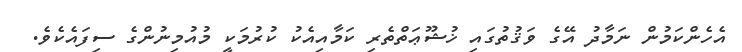
އެހެންކަމުން ނަމާދު އޭގެ ވަޤުތުގައި ޚުޝޫޢަތްތެރި ކަމާއިއެކު ކުރުމަކީ މުއުމިނުންގެ ސިފައެކެވެ.